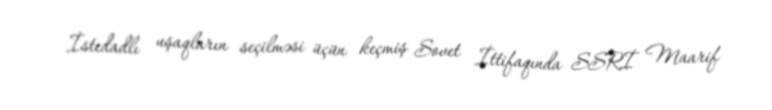
İstedadlı uşaqların seçilməsi üçün keçmiş Sovet İttifaqında SSRİ Maarif